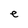
Character: e